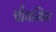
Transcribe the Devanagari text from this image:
चीमय्यिल